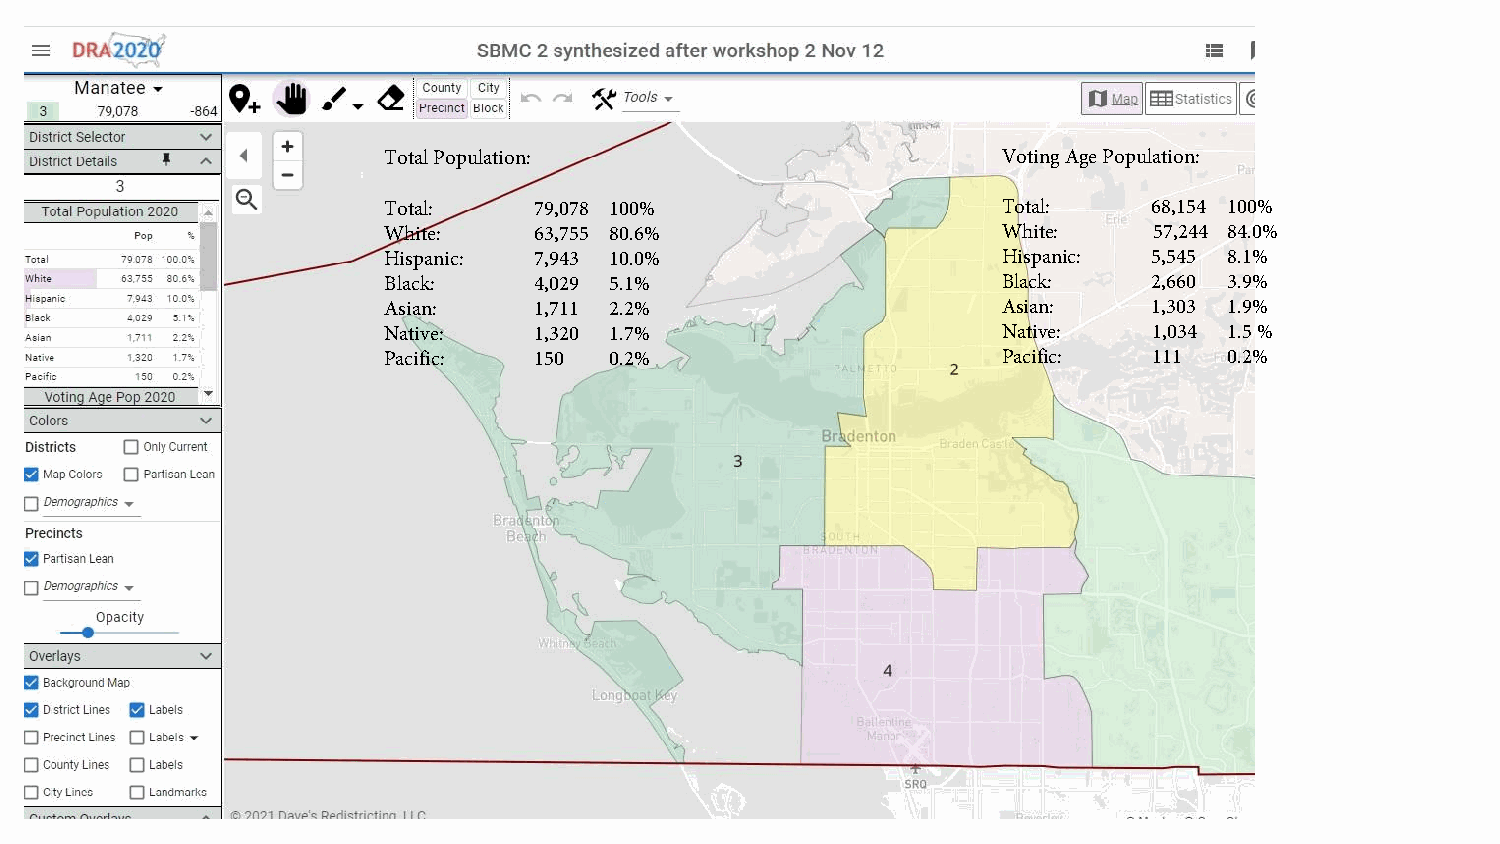
Total Population:                        Voting Age Population:
 Total:    79,078 100%                    Total:    68,154 100%
 White:    63,755 80.6%                   White:    57,244 84.0%
 Hispanic: 7,943 10.0%                    Hispanic: 5,545 8.1%
 Black:    4,029 5.1%                     Black:    2,660 3.9%
 Asian:    1,711 2.2%                     Asian:    1,303 1.9%
 Native:   1,320 1.7%                     Native:   1,034 1.5 %
 Pacific:  150  0.2%                      Pacific:  111  0.2%